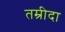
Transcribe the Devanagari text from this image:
तम्रीदा